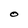
Character: O